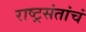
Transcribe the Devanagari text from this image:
राष्ट्रसंतांचं